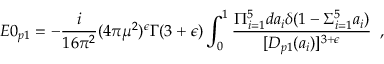
E 0 _ { p 1 } = - { \frac { i } { 1 6 \pi ^ { 2 } } } ( 4 \pi \mu ^ { 2 } ) ^ { \epsilon } \Gamma ( 3 + \epsilon ) \int _ { 0 } ^ { 1 } { \frac { \Pi _ { i = 1 } ^ { 5 } d a _ { i } \delta ( 1 - \Sigma _ { i = 1 } ^ { 5 } a _ { i } ) } { [ { \cal D } _ { p 1 } ( a _ { i } ) ] ^ { 3 + \epsilon } } } \, \, \, ,